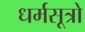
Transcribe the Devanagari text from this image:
धर्मसूत्रो